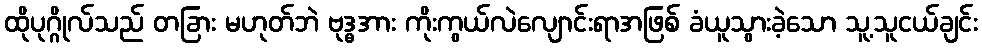
ထိုပုဂ္ဂိုလ်သည် တခြား မဟုတ်ဘဲ ဗုဒ္ဓအား ကိုးကွယ်လဲလျောင်းရာအဖြစ် ခံယူသွားခဲ့သော သူ့သူငယ်ချင်း